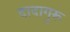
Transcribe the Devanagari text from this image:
दादागुरू